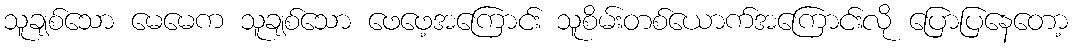
သူချစ်သော မေမေက သူချစ်သော ဖေဖေ့အကြောင်း သူစိမ်းတစ်ယောက်အကြောင်းလို ပြောပြနေတော့